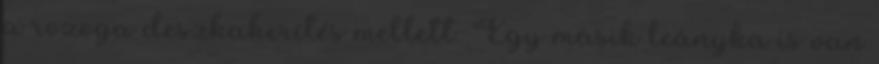
a rozoga deszkakerítés mellett. Egy másik leányka is van